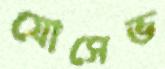
যোসেভ